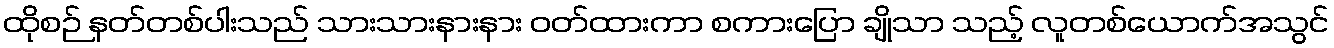
ထိုစဉ် နတ်တစ်ပါးသည် သားသားနားနား ဝတ်ထားကာ စကားပြော ချိုသာ သည့် လူတစ်ယောက်အသွင်